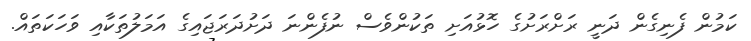
ކަމުން ފެނިގެން ދަނީ ރަށްރަށުގެ ހޮޅުއަށި ތަކުންވެސް ނުފެންނަ ދަށުދަރަޖައިގެ އަމަލުތަކާއި ވަހަކަތައް.